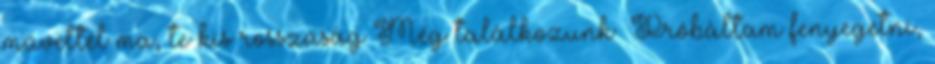
műveltél ma, te kis rosszaság Még találkozunk –Próbáltam fenyegetni,